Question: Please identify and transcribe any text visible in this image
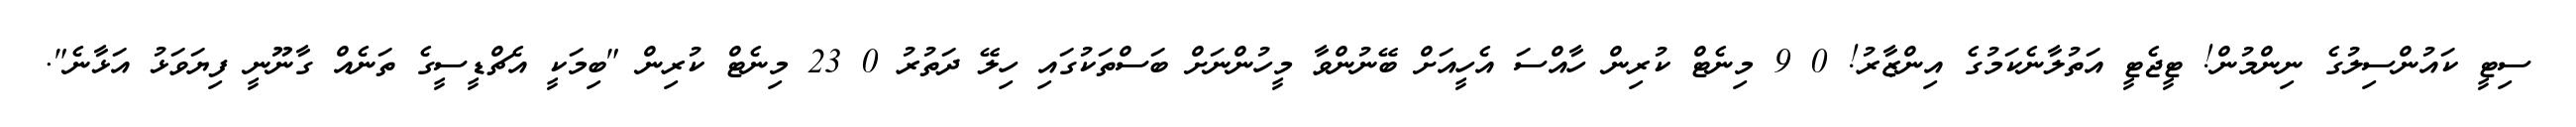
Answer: ސިޓީ ކައުންސިލުގެ ނިންމުން! ޓީޖެޓީ އަތުލާނެކަމުގެ އިންޒާރު! 0 9 މިނެޓް ކުރިން ހާއްސަ އެހީއަށް ބޭނުންވާ މީހުންނަށް ބަސްތަކުގައި ހިލޭ ދަތުރު 0 23 މިނެޓް ކުރިން "ބިމަކީ އެޗްޑީސީގެ ތަނެއް ގާނޫނީ ފިޔަވަޅު އަޅާނެ".